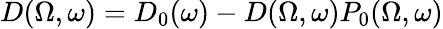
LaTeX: D(\Omega,\omega)=D_{0}(\omega)-D(\Omega,\omega)P_{0}(\Omega,\omega)